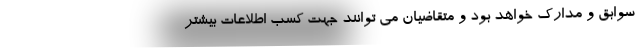
سوابق و مدارک خواهد بود و متقاضیان می توانند جهت کسب اطلاعات بیشتر